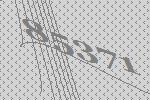
85371